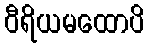
ဝီရိယမထောပိ